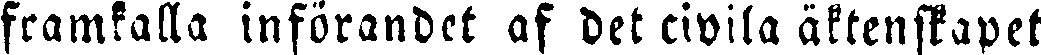
framkalla införandet af det civila äktenskapet